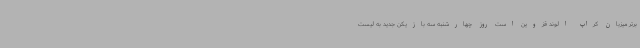
برتر میزبان کراپ الوند قزوین است روز چهارشنبه سه بازیکن جدید به لیست